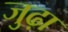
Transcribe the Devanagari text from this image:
जुढ़ा